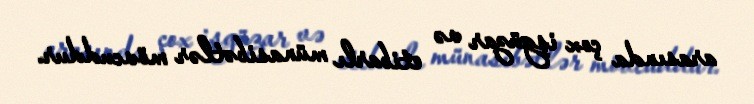
arasında çox işgüzar və etibarlı münasibətlər mövcuddur.